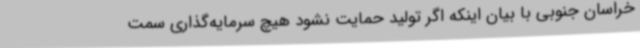
خراسان جنوبی با بیان اینکه اگر تولید حمایت نشود هیچ سرمایه‌گذاری سمت